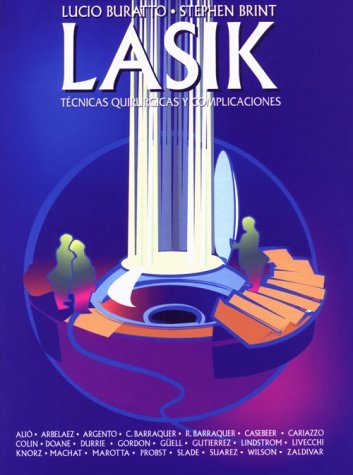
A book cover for LASIK: Tecnicas Quirurgicas y Complicaciones; Medical Books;